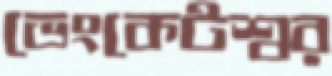
ভেংকেটশ্বর